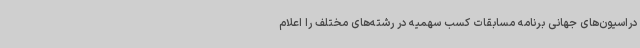
دراسیون‌های جهانی برنامه مسابقات کسب سهمیه در رشته‌های مختلف را اعلام